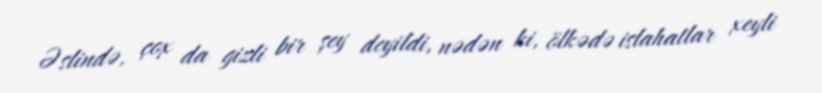
Əslində, çox da gizli bir şey deyildi, nədən ki, ölkədə islahatlar xeyli